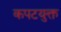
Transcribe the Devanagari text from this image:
कपटयुक्त